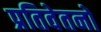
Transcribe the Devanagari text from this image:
प्रतिवेतनों